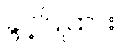
ခွင့်ပြုထား